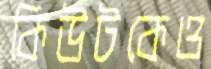
কিউটকেও